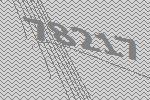
78217